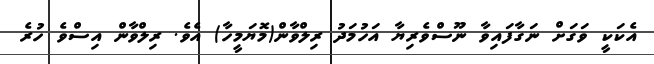
އެކަކީ ވަގަށް ނަގާފައިވާ ނޫސްވެރިޔާ އަހުމަދު ރިލްވާން(މޮޔަމީހާ) އެވެ. ރިލްވާން އިސްވެ ހުރެ